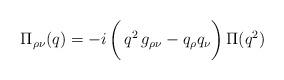
LaTeX: \begin{align*}{\Pi}_{\rho\nu}(q)= -i \,\biggl(\,q^2\,g_{\rho\nu}- q_\rho q_\nu\biggr)\,\Pi(q^2)\end{align*}